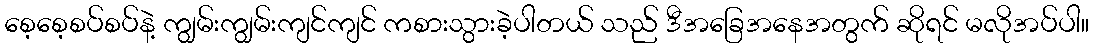
စေ့စေ့စပ်စပ်နဲ့ ကျွမ်းကျွမ်းကျင်ကျင် ကစားသွားခဲ့ပါတယ် သည် ဒီအခြေအနေအတွက် ဆိုရင် မလိုအပ်ပါ။